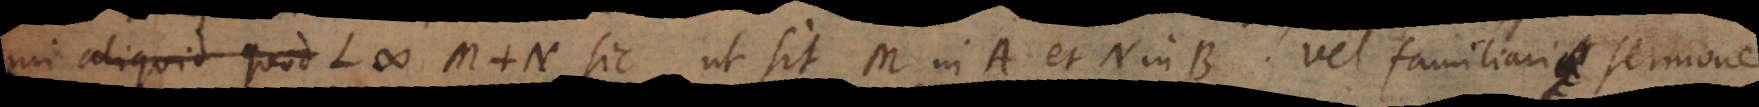
aliquid quod L # M + N, sic ut sit M in A et N in B. Vel familiari sermone,